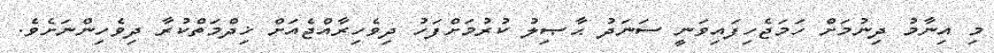
މި އިނާމު ދިނުމަށް ހަމަޖެހިފައިވަނީ ސަނަދު ޙާޞިލު ކުރުމަށްފަހު ދިވެހިރާއްޖެއަށް ޚިދްމަތްކުރާ ދިވެހިންނަށެވެ.